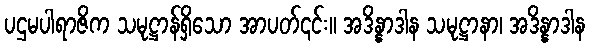
ပဌမပါရာဇိက သမုဋ္ဌာန်ရှိသော အာပတ်၎င်း။ အဒိန္နာဒါန သမုဋ္ဌာနာ၊ အဒိန္နာဒါန